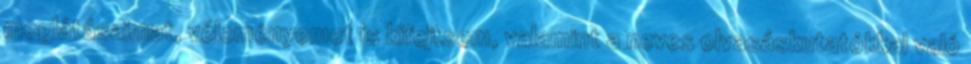
meglátásaimat, véleményemet is kifejtsem, valamint a neves olvasáskutatókkal való